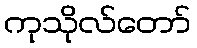
ကုသိုလ်တော်